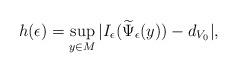
LaTeX: \begin{align*}h(\epsilon)=\sup_{y \in M}|I_\epsilon(\widetilde{\Psi}_{\epsilon}(y))-d_{V_0}|,\end{align*}